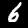
Digit: 6